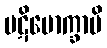
ပဋိမောက္ခာမိ